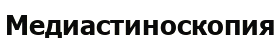
Медиастиноскопия